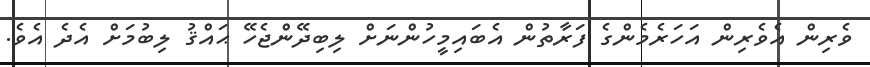
ވެރިން އެވެރިން އަހަރެމެންގެ ފަރާތުން އެބައިމީހުންނަށް ލިބިދޭންޖެހޭ ޙައްޤު ލިބުމަށް އެދެ އެވެ.